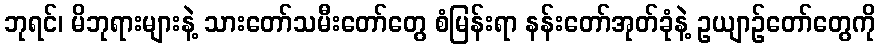
ဘုရင်၊ မိဘုရားများနဲ့ သားတော်သမီးတော်တွေ စံမြန်းရာ နန်းတော်အုတ်ခုံနဲ့ ဥယျာဉ်တော်တွေကို